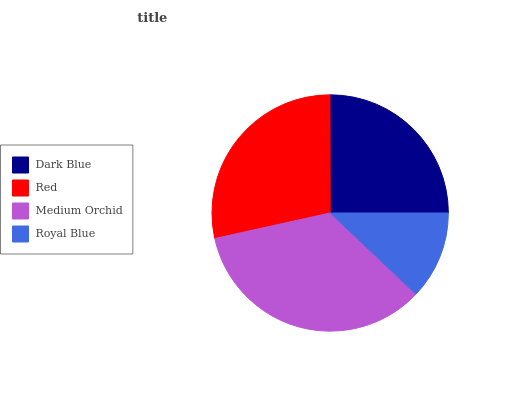
| Dark Blue | Red | Medium Orchid | Royal Blue |
 | --- | --- | --- | --- |
 | 25% | 28.5% | 34.5% | 12.1% |